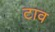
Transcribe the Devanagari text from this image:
टाव